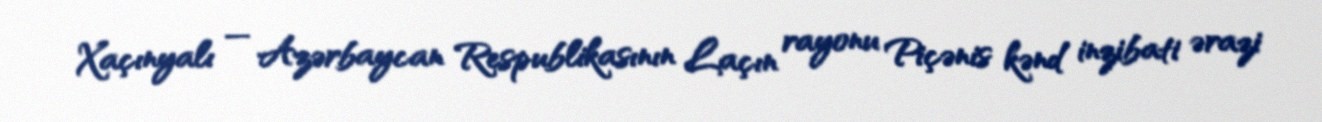
Xaçınyalı — Azərbaycan Respublikasının Laçın rayonu Piçənis kənd inzibati ərazi